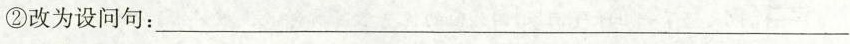
②改为设问句：___